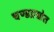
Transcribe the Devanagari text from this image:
चण्डप्रद्योत